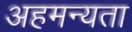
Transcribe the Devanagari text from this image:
अहमन्यता